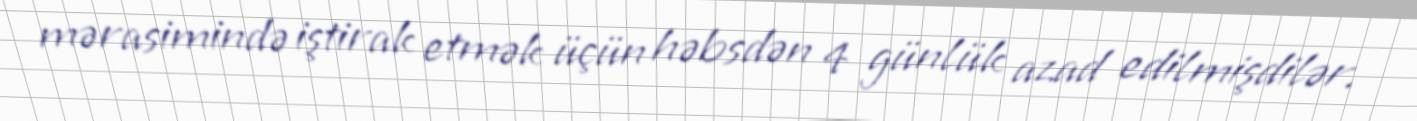
mərasimində iştirak etmək üçün həbsdən 4 günlük azad edilmişdilər.